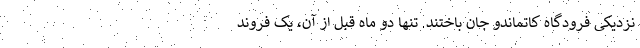
نزدیکی فرودگاه کاتماندو جان باختند. تنها دو ماه قبل از آن، یک فروند